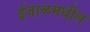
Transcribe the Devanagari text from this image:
ईजाळमधील